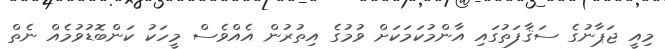
މިއީ ޖަޕާނުގެ ސަޤާފަތުގައި އާންމުކަމަކަށް ވުމުގެ އިތުރުން އެއްވެސް މީހަކު ކަންބޮޑުވުމެއް ނެތް